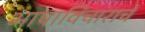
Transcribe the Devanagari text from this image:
भाषाविचाराचे